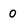
Character: 0